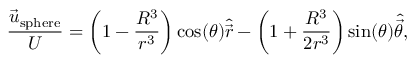
\frac { \vec { u } _ { \mathrm { s p h e r e } } } { U } = \left( 1 - \frac { R ^ { 3 } } { r ^ { 3 } } \right) \cos ( \theta ) \widehat { \vec { r } } - \left( 1 + \frac { R ^ { 3 } } { 2 r ^ { 3 } } \right) \sin ( \theta ) \widehat { \vec { \theta } } ,